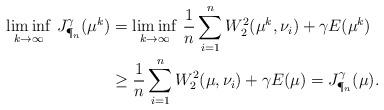
LaTeX: \begin{align*}\underset{k\rightarrow\infty}{\liminf} \ J_{\P_n}^{\gamma}(\mu^k) &= \underset{k\rightarrow\infty}{\liminf} \ \frac{1}{n}\sum_{i=1}^nW_2^2(\mu^k,\nu_i)+\gamma E(\mu^k)\\& \ge \frac{1}{n}\sum_{i=1}^nW_2^2(\mu,\nu_i)+\gamma E(\mu) =J_{\P_n}^{\gamma}(\mu).\end{align*}